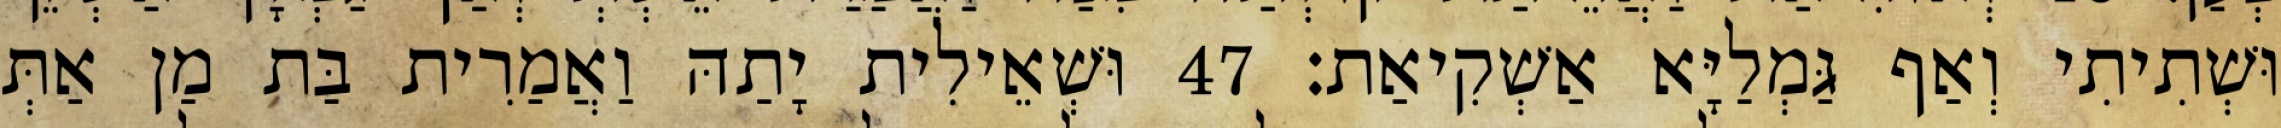
וּשְׁתִיתִי וְאַף גַּמְלַיָּא אַשְׁקִיאַת׃ 47 וּשְׁאֵילִית יָתַהּ וַאֲמַרִית בַּת מַן אַתְּ